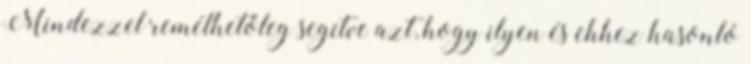
Mindezzel remélhetőleg segítve azt, hogy ilyen és ehhez hasonló